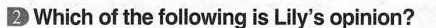
2 Which of the following is Lily's opinion?